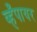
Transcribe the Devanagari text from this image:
व्हँपायर